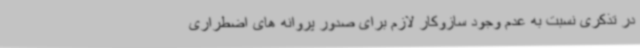
در تذکری نسبت به عدم وجود سازوکار لازم برای صدور پروانه های اضطراری